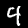
Label: 4